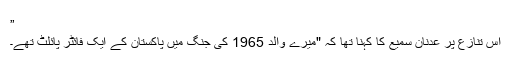
”
اس تنازع پر عدنان سمیع کا کہنا تھا کہ "میرے والد 1965 کی جنگ میں پاکستان کے ایک فائٹر پائلٹ تھے۔